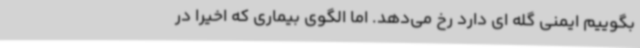
بگوییم ایمنی گله ای دارد رخ می‌دهد. اما الگوی بیماری که اخیرا در